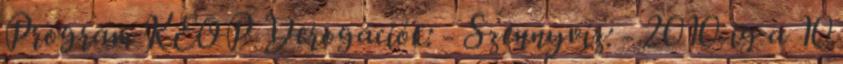
Program KEOP Derogációk: - Szennyvíz: - 2010-ig a 10